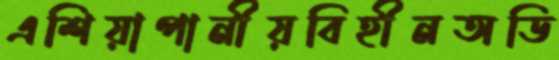
এশিয়াপানীয়বিহীনঅডি